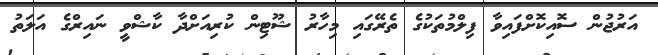
އަރުޖުން ސޮއިކޮށްފައިވާ ފިލްމުތަކުގެ ތެރޭގައި މިހާރު ޝޫޓިން ކުރިއަށްދާ ކާޝްވީ ނައިރްގެ އަލަތު